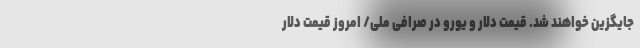
جایگزین خواهند شد. قیمت دلار و یورو در صرافی ملی/ امروز قیمت دلار